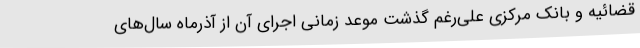
قضائیه و بانک مرکزی علی‌رغم گذشت موعد زمانی اجرای آن از آذرماه سال‌های